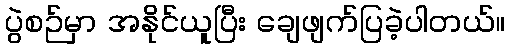
ပွဲစဉ်မှာ အနိုင်ယူပြီး ချေဖျက်ပြခဲ့ပါတယ်။